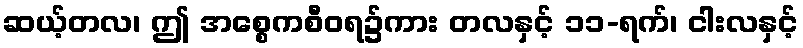
ဆယ့်တလ၊ ဤ အစ္စေကစီဝရ၌ကား တလနှင့် ၁၁-ရက်၊ ငါးလနှင့်